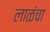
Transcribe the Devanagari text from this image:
लाळंचा